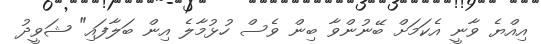
އިއްޔެ ވާނީ އެކަމަށް ބޭނުންވާ ބިން ވެސް ހުޅުމާލެ އިން ބަލާފައި" ޝަވީދު